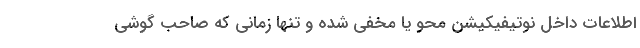
اطلاعات داخل نوتیفیکیشن محو یا مخفی شده و تنها زمانی که صاحب گوشی